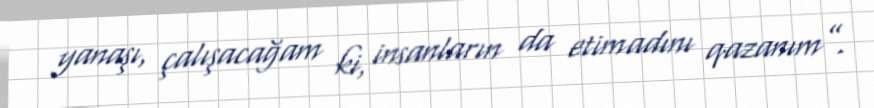
yanaşı, çalışacağam ki, insanların da etimadını qazanım”.